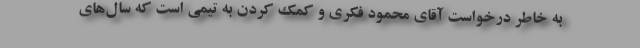
به خاطر درخواست آقای محمود فکری و کمک کردن به تیمی است که سال‌های